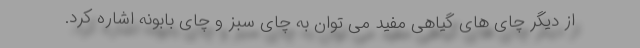
از دیگر چای های گیاهی مفید می توان به چای سبز و چای بابونه اشاره کرد.